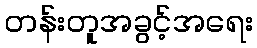
တန်းတူအခွင့်အရေး